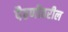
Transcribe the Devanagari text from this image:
पैठणीवरील